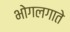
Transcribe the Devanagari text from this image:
भोगलगाते